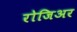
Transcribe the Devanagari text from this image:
रोजिअर